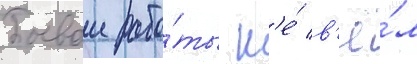
Боевои рабо́ты н'е́ в'ё́л